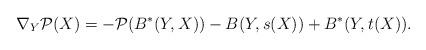
LaTeX: \begin{align*}\nabla_Y \mathcal{P}(X)= - \mathcal{P}(B^*(Y,X)) - B(Y,s(X)) + B^*(Y,t(X)).\end{align*}